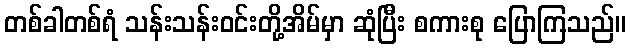
တစ်ခါတစ်ရံ သန်းသန်းဝင်းတို့အိမ်မှာ ဆုံပြီး စကားစု ပြောကြသည်။